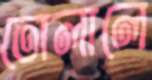
তোলালে